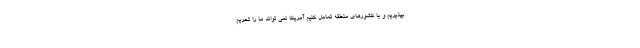
بپذیریم و با کشورهای منطقه تعامل کنیم آمریکا نمی تواند ما را تحریم